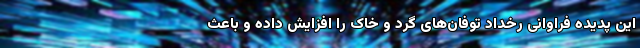
این پدیده فراوانی رخداد توفان‌های گرد و خاک را افزایش داده و باعث